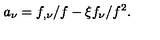
a _ { \nu } = f _ { , \nu } / f - \xi f _ { \nu } / f ^ { 2 } .